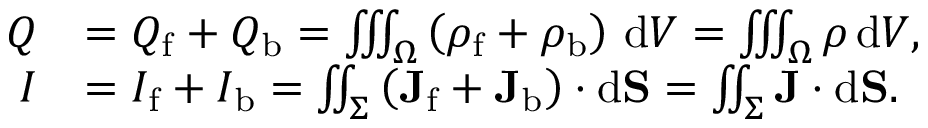
{ \begin{array} { r l } { Q } & { = Q _ { \mathrm { f } } + Q _ { \mathrm { b } } = \iiint _ { \Omega } \left( \rho _ { \mathrm { f } } + \rho _ { \mathrm { b } } \right) \, \mathrm { d } V = \iiint _ { \Omega } \rho \, \mathrm { d } V , } \\ { I } & { = I _ { \mathrm { f } } + I _ { \mathrm { b } } = \iint _ { \Sigma } \left( \mathbf { J } _ { \mathrm { f } } + \mathbf { J } _ { \mathrm { b } } \right) \cdot \mathrm { d } \mathbf { S } = \iint _ { \Sigma } \mathbf { J } \cdot \mathrm { d } \mathbf { S } . } \end{array} }